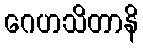
ဂေဟသိတာနိ